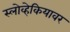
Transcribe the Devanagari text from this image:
स्लोव्हेकियावर